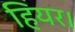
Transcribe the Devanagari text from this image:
हियर।